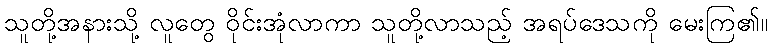
သူတို့အနားသို့ လူတွေ ဝိုင်းအုံလာကာ သူတို့လာသည့် အရပ်ဒေသကို မေးကြ၏။